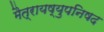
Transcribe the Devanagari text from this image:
मैत्रायष्युपनिषद